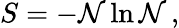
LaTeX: S=-{\cal N}\ln{\cal N}\, ,